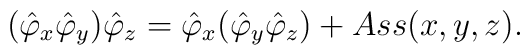
(\hat\varphi _x\hat\varphi _y)\hat\varphi _z =\hat\varphi _x(\hat\varphi _y\hat\varphi _z) +Ass(x,y,z).